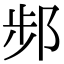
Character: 𨛒